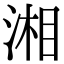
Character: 湘